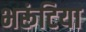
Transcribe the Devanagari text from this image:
भरूंटिया